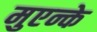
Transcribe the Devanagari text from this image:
मुएन्के